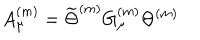
LaTeX: A _ { \mu } ^ { ( m ) } = \widetilde { \Theta } ^ { ( m ) } G _ { \mu } ^ { ( m ) } \Theta ^ { ( m ) }